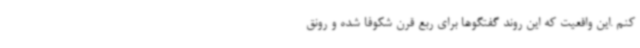
کنم .این واقعیت که این روند گفتگوها برای ربع قرن شکوفا شده و رونق